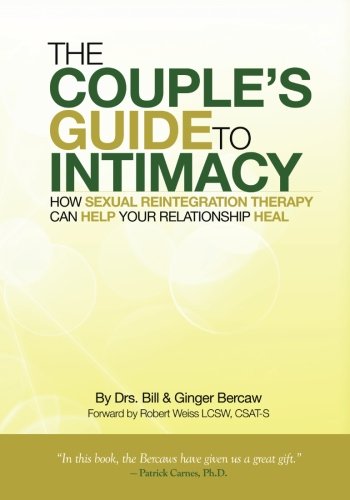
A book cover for The Couple's Guide to Intimacy: How Sexual Reintegration Therapy Can Help Your Relationship Heal; Dr. Bill Bercaw CSAT CST; Self-Help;